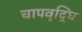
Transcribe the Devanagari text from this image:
चापवृद्धि